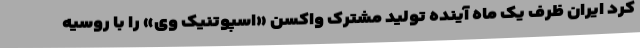
کرد ایران ظرف یک ماه آینده تولید مشترک واکسن «اسپوتنیک وی» را با روسیه